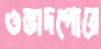
ওস্তাদগোরে